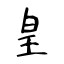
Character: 皇